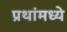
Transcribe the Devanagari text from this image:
प्रथांमध्ये